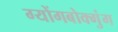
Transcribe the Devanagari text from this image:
ग्योंगबोक्गुंग